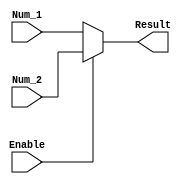
module mux_fp_sqrt
(
    input  [31:0]   Num_1, Num_2,
    input           Enable,
    output [31:0]   Result
);

assign Result = (Enable)? Num_2 : Num_1;
    
endmodule //mux_fp_sqrt